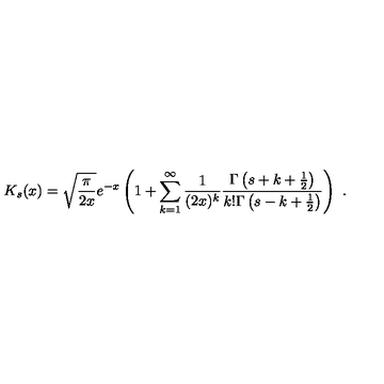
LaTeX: K _ { s } ( x ) = \sqrt { \frac { \pi } { 2 x } } e ^ { - x } \left( 1 + \sum _ { k = 1 } ^ { \infty } \frac { 1 } { ( 2 x ) ^ { k } } \frac { \Gamma \left( s + k + \frac { 1 } { 2 } \right) } { k ! \Gamma \left( s - k + \frac { 1 } { 2 } \right) } \right) \ .